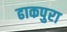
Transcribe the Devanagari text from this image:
ढाकपुरा